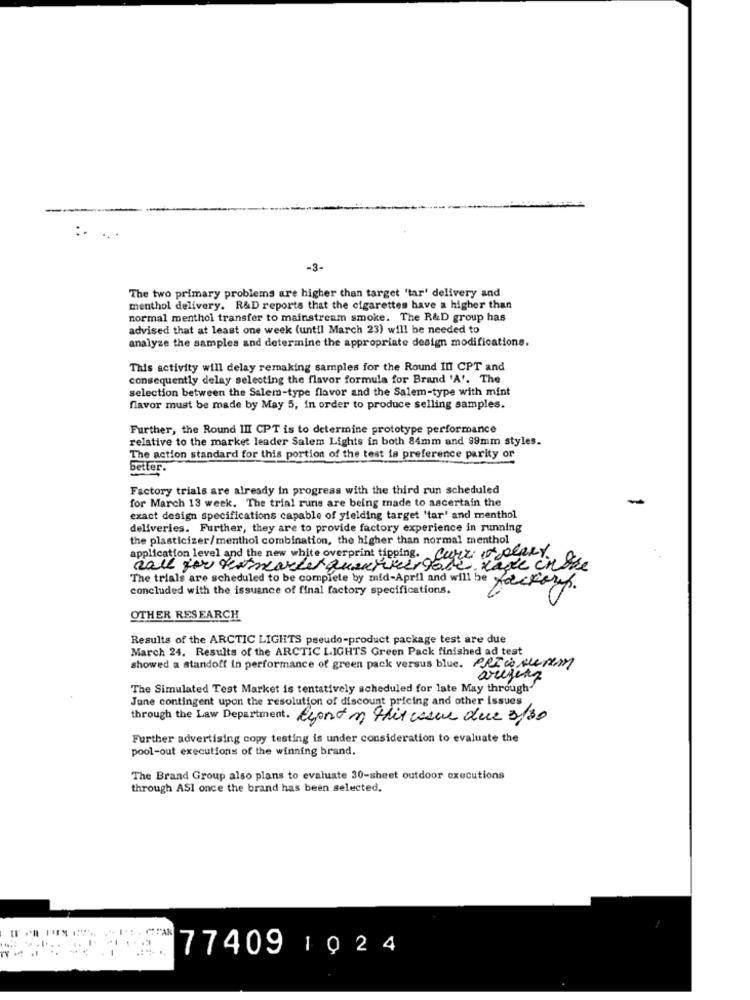
-3-
The two primary problems are higher than target 'tar' delivery and
menthol delivery. R&D reports that the cigarettes have a higher than
normal menthol transfer to mainstream smoke. The R&D group has
advised that at least one week (until March 23) will be needed to
analyze the samples and determine the appropriate design modifications.
This activity will delay remaking samples for the Round III CPT and
consequently delay selecting the flavor formula for Brand 'A'. The
selection between the Salem-type flavor and the Salem-type with mint
flavor must be made by May 5, in order to produce selling samples.
Further, the Round III CPT is to determine prototype performance
relative to the market leader Salem Lights in both 84mm and 99mm styles.
The action standard for this portion of the test is preference parity or
better:
Factory trials are already in progress with the third run scheduled
for March 13 week. The trial runs are being made to ascertain the
exact design specifications capable of yielding target 'tar' and menthol
deliveries. Further, they are to provide factory experience in running
the plasticizer/menthol combination, the higher than normal menthol
application level and the new white overprint tipping. Carr it peary
call you tomarket queurver gote made inthe
The trials are scheduled to be complete by mid-April and will be Hackers.
concluded with the issuance of final factory specifications.
OTHER RESEARCH
Results of the ARCTIC LIGHTS pseudo-product package test are due
March 24. Results of the ARCTIC LIGHTS Green Pack finished ad test
showed a standoff in performance of green pack versus blue. PRICEserem
arejerz
The Simulated Test Market is tentatively scheduled for late May through
June contingent upon the resolution of discount pricing and other issues
through the Law Department. Ayant m this week due 3 30
Further advertising copy testing is under consideration to evaluate the
pool-out executions of the winning brand.
The Brand Group also plans to evaluate 30-sheet outdoor executions
through ASI once the brand has been selected.
AR
77409 1024